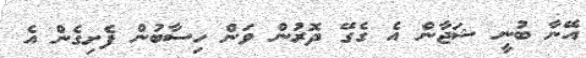
އޭނާ ބުނީ ޝަޖާން އެ ގެގޭ ދޮރުން ވަން ހިސާބުން ފެށިގެން އެ